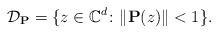
\begin{align*}\mathcal{D}_\mathbf{P}=\{z\in\mathbb{C}^d\colon\|\mathbf{P}(z)\|<1\}.\end{align*}